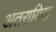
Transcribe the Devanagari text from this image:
अंतरायिक